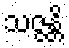
သဇ္ဇန္တိ